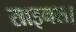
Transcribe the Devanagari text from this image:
साइनस।